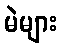
မဲများ